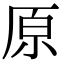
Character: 原